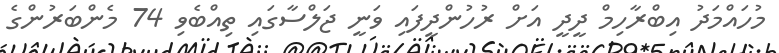
މުހައްމަދު އިބްރާހިމް ދީދީ އަށް ރުހުންދީފައި ވަނީ ޖަލްސާގައި ތިއްބެވި 74 މެންބަރުންގެ